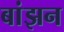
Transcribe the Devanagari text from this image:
बांझन